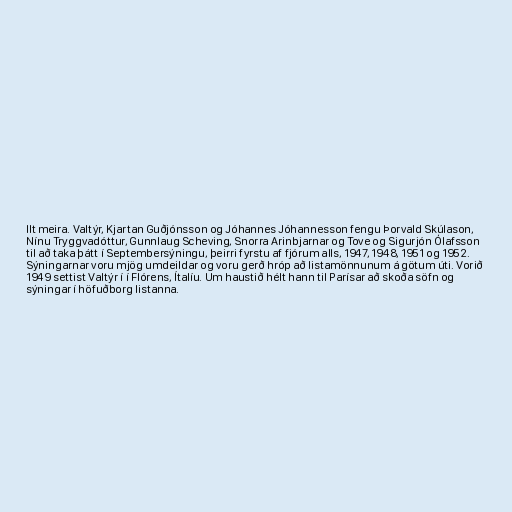
llt meira. Valtýr, Kjartan Guðjónsson og Jóhannes Jóhannesson fengu Þorvald Skúlason,
Nínu Tryggvadóttur, Gunnlaug Scheving, Snorra Arinbjarnar og Tove og Sigurjón Ólafsson
til að taka þátt í Septembersýningu, þeirri fyrstu af fjórum alls, 1947, 1948, 1951 og 1952.
Sýningarnar voru mjög umdeildar og voru gerð hróp að listamönnunum á götum úti. Vorið
1949 settist Valtýr í í Flórens, Ítalíu. Um haustið hélt hann til Parísar að skoða söfn og
sýningar í höfuðborg listanna.